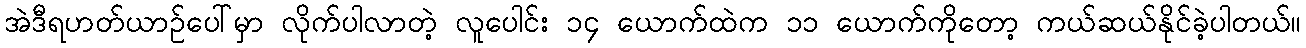
အဲဒီရဟတ်ယာဉ်ပေါ်မှာ လိုက်ပါလာတဲ့ လူပေါင်း ၁၄ ယောက်ထဲက ၁၁ ယောက်ကိုတော့ ကယ်ဆယ်နိုင်ခဲ့ပါတယ်။